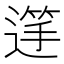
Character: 𮞺